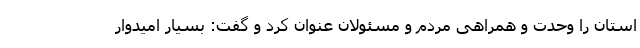
استان را وحدت و همراهی مردم و مسئولان عنوان کرد و گفت: بسیار امیدوار